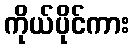
ကိုယ်ပိုင်ကား